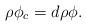
LaTeX: \begin{align*}\rho\phi_c=d\rho\phi.\end{align*}